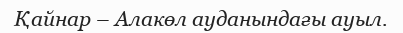
Қайнар – Алакөл ауданындағы ауыл.